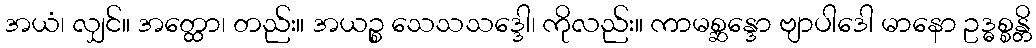
အယံ၊ လျှင်။ အတ္ထော၊ တည်း။ အယဉ္စ သေသသဒ္ဒေါ၊ ကိုလည်း။ ကာမစ္ဆန္ဒော ဗျာပါဒေါ မာနော ဥဒ္ဓစ္စန္တိ